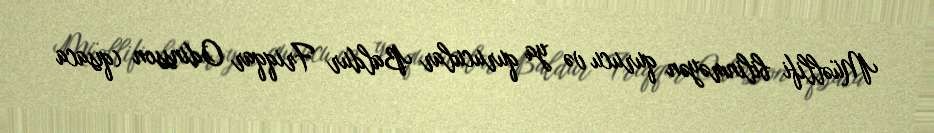
Müəllifi bilinməyən qurucu və ya qurucular Baldur Friqqar Odinsson (qısaca